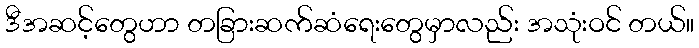
ဒီအဆင့်တွေဟာ တခြားဆက်ဆံရေးတွေမှာလည်း အသုံးဝင် တယ်။